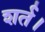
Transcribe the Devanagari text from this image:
शर्त।